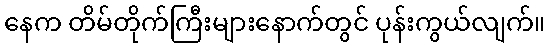
နေက တိမ်တိုက်ကြီးများနောက်တွင် ပုန်းကွယ်လျက်။